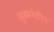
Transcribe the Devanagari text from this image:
सूक्ष्मरंध्रीय